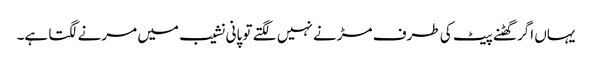
یہاں اگر گھٹنے پیٹ کی طرف مڑنے نہیں لگتے تو پانی نشیب میں مرنے لگتا ہے۔